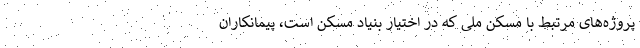
پروژه‌های مرتبط با مسکن ملی که در اختیار بنیاد مسکن است، پیمانکاران